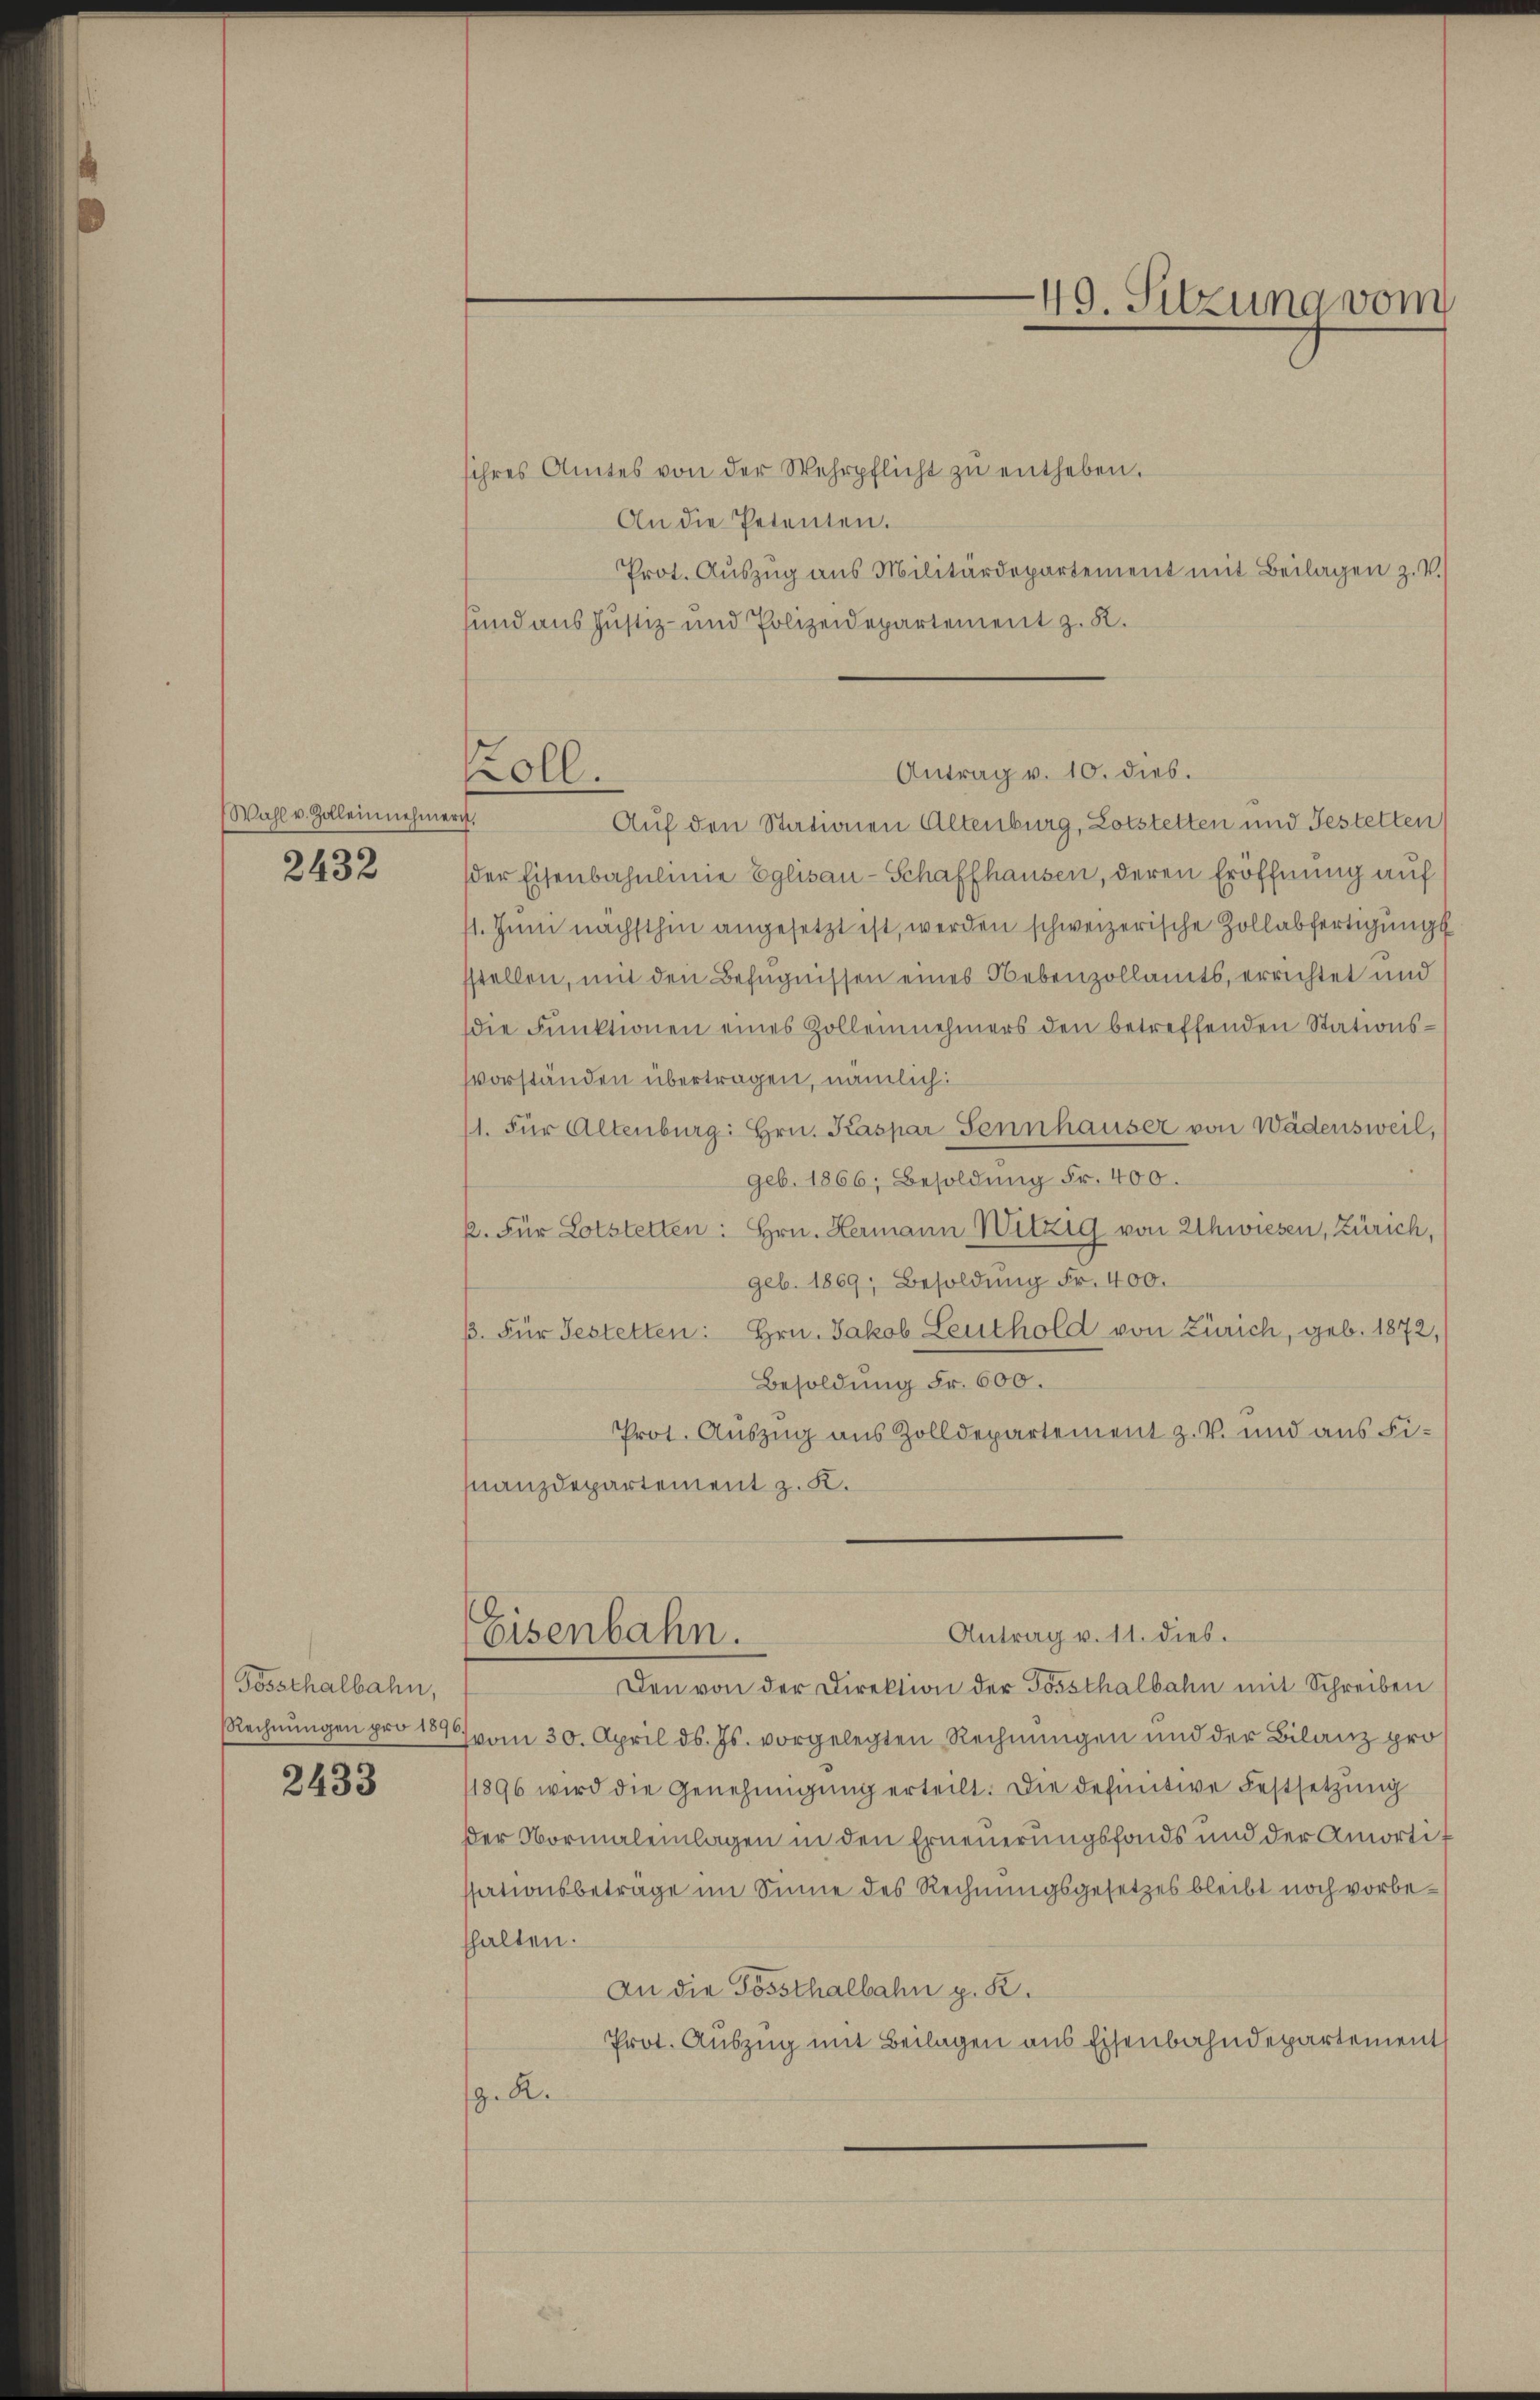
Wahl v. Zolleinnehme
2432

Tossthalbahn,
Rechnungen pro 1896

2433

ihres Amtes von der Wehrpflicht zŭ entheben.
An die Petenten.
Prot. Aŭszŭg ans Militärdepartement mit Beilagen z. V.
sund aus Justiz- und Polizeidepartement z. K.
i
Auf den Stationen Altenburg, Lotstetten und Gestetten
der Eisenbahnlinie Eglisau-Schaffhausen, deren Eröffnung auf
11. Juni nächsthin angesetzt ist, werden schweizerische Zollabfertigung
sstellen, mit den Befugnissen eines Nebenzollamts, errichtet und
die Funktionen eines Zollennehmers den betreffenden Stationssvorständen übertragen, nämlich:
11. Für Altenburg: Hrn. Kaspar Sennhauser von Wädensweil,
geb. 1866, Besoldung Fr. 400.
ß. Für Lotstetten: Hrn. Hermann Witzig von Uhwiesen, Zürich,
geb. 1869, Besoldung Fr. 400.
ß. Für Gestetten: Hrn. Jakob Leuthold von Zürich, geb. 1872,
Besoldung Fr. 600.
Prot. Auszug aus Zolldepartement z. B. und aus Finanzdepartement z. K.
Antrag v. 11. dies.
Eisenbahn.
Den von der Direktion der Possthalbahn mit Schreiben
vom 30. April d. Js. vorgelegten Rechnungen und der Bilanz pro
1896 wird die Genehmigŭng erteilt. Die definitive Festsetzung
der Normaleinlagen in den Erneuerungsfonds und der Amortit
ssationsbetrage im Sinne des Rechnungsgesetzes bleibt noch vorbethalten.
An die Possthalbahn p. K.
Prot. Auszug mit Beilagen aus Eisenbahndepartement
z. R.

Koll.

Antrag v. 10. dies.

49. Sitzuna vom